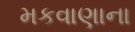
મકવાણાના